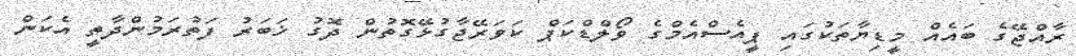
ރާއްޖޭގެ ބައެއް މީޑިޔާތަކުގައި ޕީއެސްއެމްގެ ވޯލްޑްކަޕް ކަވަރޭޖާގުޅޭގޮތުން ދޮގު ޚަބަރު ފަތުރަމުންދާތީ އެކަން